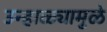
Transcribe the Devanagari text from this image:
उन्हाळ्यामुळे